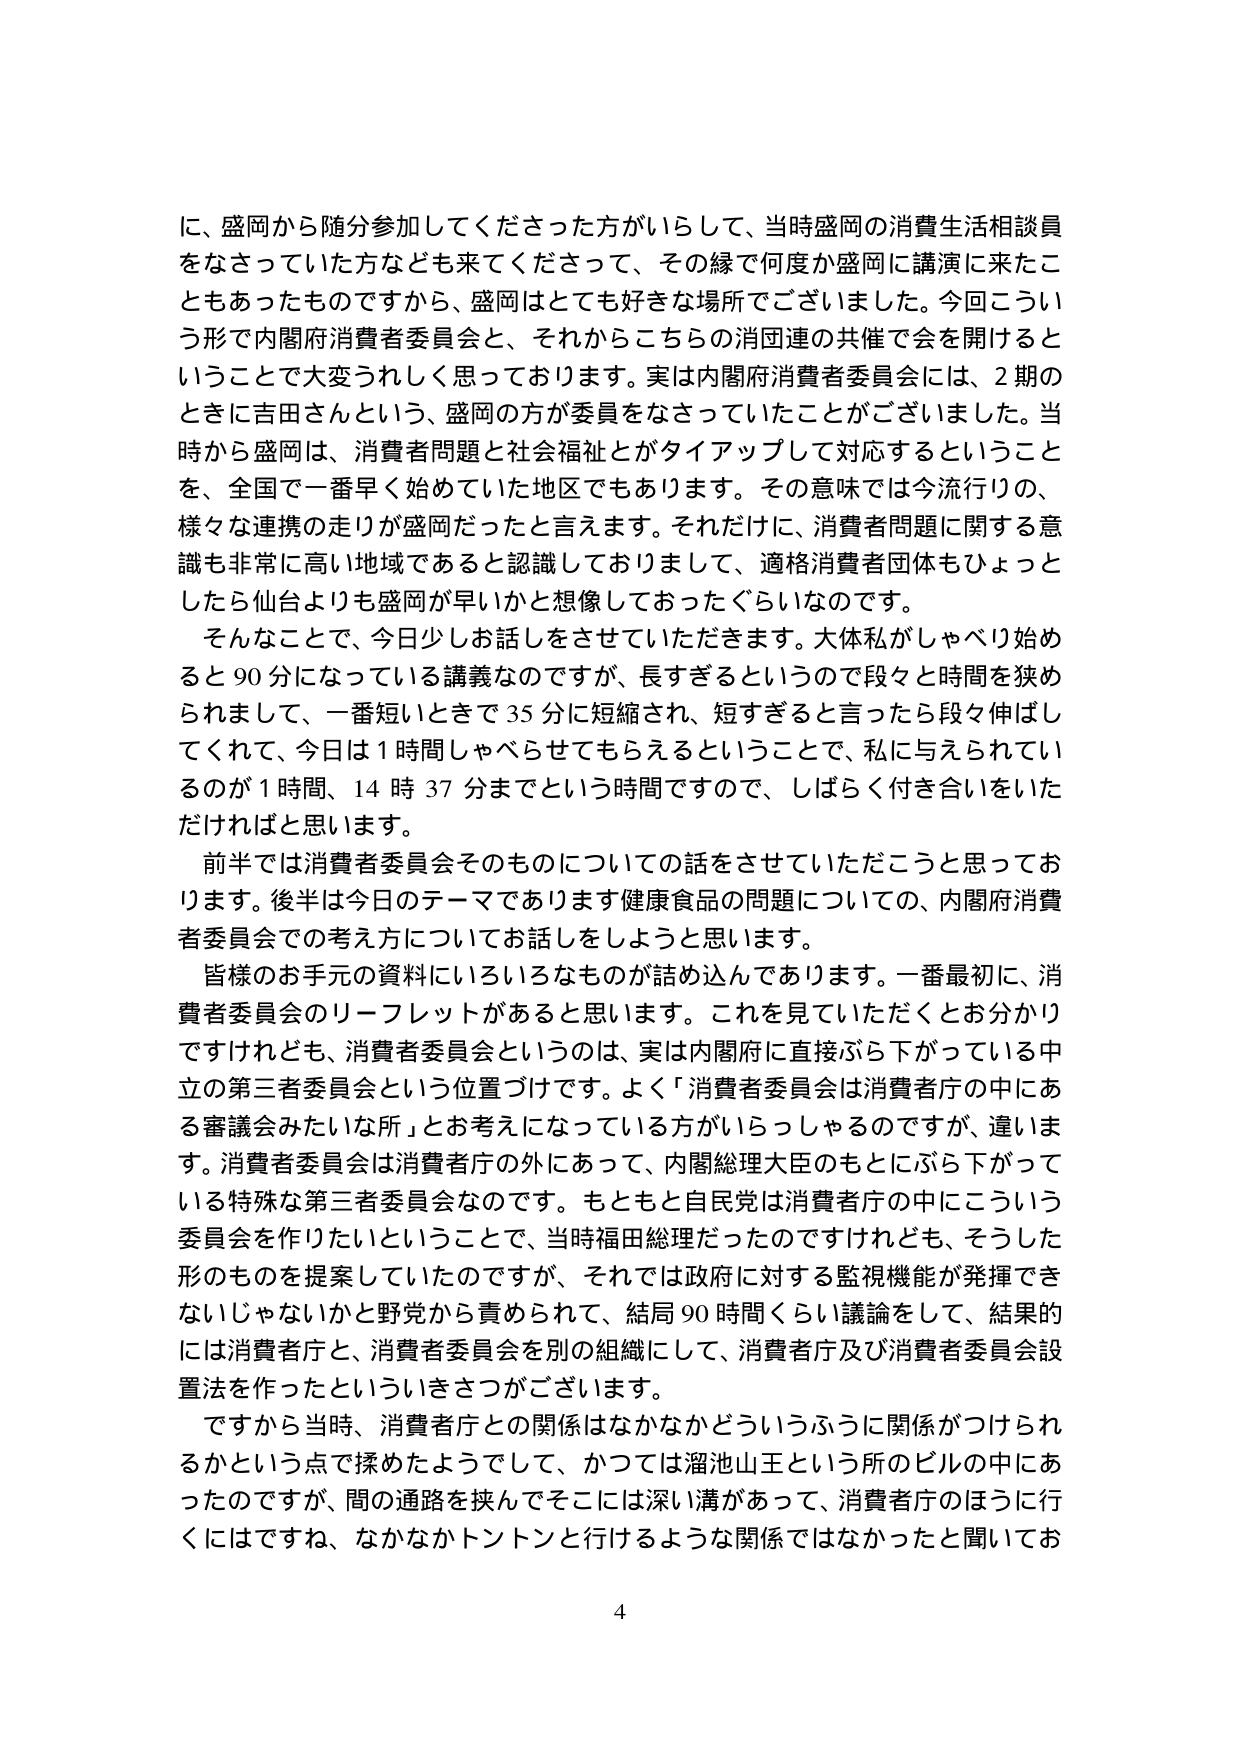
に、盛岡から随分参加してくださった方がいらして、当時盛岡の消費生活相談員をなさっていた方なども来てくださって、その縁で何度か盛岡に講演に来たこともあったものですから、盛岡はとても好きな場所でございました。今回こういう形で内閣府消費者委員会と、それからこちらの消団連の共催で会を開けるということで大変うれしく思っております。実は内閣府消費者委員会には、2期のときに吉田さんという、盛岡の方が委員をなさっていたことがございました。当時から盛岡は、消費者問題と社会福祉とがタイアップして対応するということを、全国で一番早く始めていた地区でもあります。その意味では今流行りの、様々な連携の走りが盛岡だったと言えます。それだけに、消費者問題に関する意識も非常に高い地域であると認識しておりまして、適格消費者団体もひょっとしたら仙台よりも盛岡が早いかと想像しておったぐらいなのです。

そんなことで、今日少しお話をさせていただきます。大体私がしゃべり始めると90分になっている講義なのですが、長すぎるというので段々と時間を狭められまして、一番短いときで35分に短縮され、短すぎると言ったら段々伸ばしてくれて、今日は1時間しゃべらせてもらえるということで、私に与えられているのが1時間、14時37分までという時間ですので、しばらく付き合いをいただければと思います。

前半では消費者委員会そのものについての話をさせていただこうと思っております。後半は今日のテーマであります健康食品の問題についての、内閣府消費者委員会での考え方についてお話しをしようと思います。

皆様のお手元の資料にいろいろなものが詰め込んであります。一番最初に、消費者委員会のリーフレットがあると思います。これを見ていただくとお分かりですけれども、消費者委員会というのは、実は内閣府に直接ぶら下がっている中立の第三者委員会という位置づけです。よく「消費者委員会は消費者庁の中にある審議会みたいな所」とお考えになっている方がいらっしゃるのですが、違います。消費者委員会は消費者庁の外にあって、内閣総理大臣のもとにぶら下がっている特殊な第三者委員会なのです。もともと自民党は消費者庁の中にこういう委員会を作りたいということで、当時福田総理だったのですけれども、そうした形のものを提案していたのですが、それでは政府に対する監視機能が発揮できないじゃないかと野党から責められて、結局90時間くらい議論をして、結果的には消費者庁と、消費者委員会を別の組織にして、消費者庁及び消費者委員会設置法を作ったといういきさつがございます。

ですから当時、消費者庁との関係はなかなかどういうふうに関係がつけられるかという点で揉めたようでして、かつては溜池山王という所のビルの中にあったのですが、間の通路を挟んでそこには深い溝があって、消費者庁のほうに行くにはですね、なかなかトントンと行けるような関係ではなかったと聞いてお

4